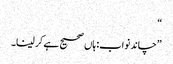
“
”چاند نواب: ہاں صحیح ہے کر لینا۔